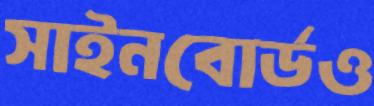
সাইনবোর্ডও